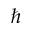
\hbar